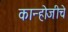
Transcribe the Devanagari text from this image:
कान्होजीचे